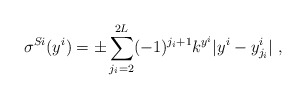
\begin{align*}\sigma^{Si} (y^i) = \pm \sum_{j_i=2}^{2 L } (-1)^{j_i+1} k^{y^i} |y^i-y^i_{j_i}| ~,~\,\end{align*}